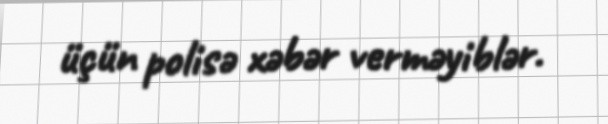
üçün polisə xəbər verməyiblər.